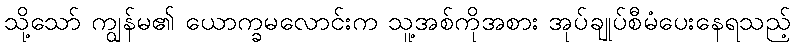
သို့သော် ကျွန်မ၏ ယောက္ခမလောင်းက သူ့အစ်ကိုအစား အုပ်ချုပ်စီမံပေးနေရသည့်